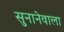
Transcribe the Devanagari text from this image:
सुनानेवाला